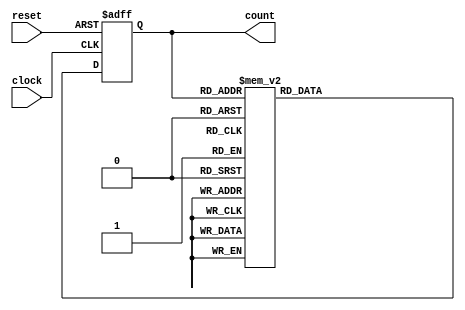
module gray_code_counter (
  input wire clock,
  input wire reset,
  output reg [3:0] count
);

reg [3:0] next_count;

always @(posedge clock or posedge reset) begin
  if (reset) begin
    count <= 4'b0000;
  end else begin
    count <= next_count;
  end
end

always @(*) begin
  case (count)
    4'b0000: next_count = 4'b0001;
    4'b0001: next_count = 4'b0011;
    4'b0011: next_count = 4'b0010;
    4'b0010: next_count = 4'b0110;
    4'b0110: next_count = 4'b0111;
    4'b0111: next_count = 4'b0101;
    4'b0101: next_count = 4'b0100;
    4'b0100: next_count = 4'b1100;
    4'b1100: next_count = 4'b1101;
    4'b1101: next_count = 4'b1111;
    4'b1111: next_count = 4'b1110;
    4'b1110: next_count = 4'b1010;
    4'b1010: next_count = 4'b1011;
    4'b1011: next_count = 4'b1001;
    4'b1001: next_count = 4'b1000;
    4'b1000: next_count = 4'b0000;
  endcase
end

endmodule